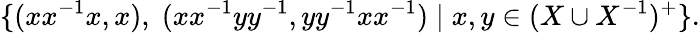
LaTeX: \{ (xx^{-1}x,x),\; (xx^{-1}yy^{-1},yy^{-1}xx^{-1})\; |\; x,y\in(X\cup X^{-1})^{+}\} .